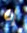
إن